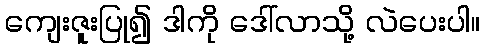
ကျေးဇူးပြု၍ ဒါကို ဒေါ်လာသို့ လဲပေးပါ။